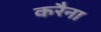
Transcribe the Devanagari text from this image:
करैना